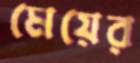
মেয়ের